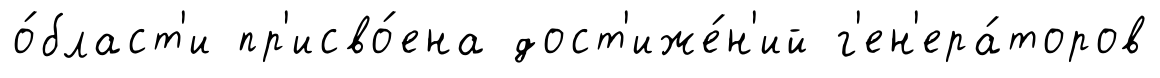
о́бласт'и пр'исво́ена дост'иже́н'ий г'ен'ера́торов